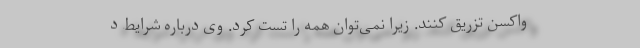
واکسن تزریق کنند. زیرا نمی‌توان همه را تست کرد. وی درباره شرایط د